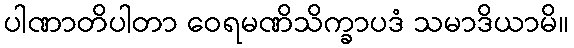
ပါဏာတိပါတာ ဝေရမဏိသိက္ခာပဒံ သမာဒိယာမိ။